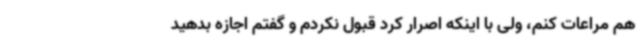
هم مراعات کنم، ولی با اینکه اصرار کرد قبول نکردم و گفتم اجازه بدهید